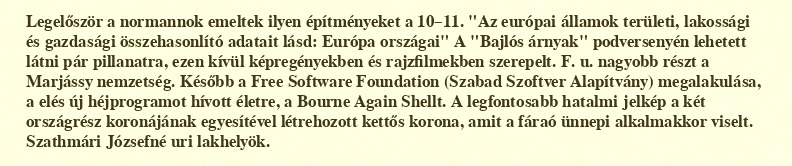
Legelőször a normannok emeltek ilyen építményeket a 10–11. "Az európai államok területi, lakossági és gazdasági összehasonlító adatait lásd: Európa országai" A "Bajlós árnyak" podversenyén lehetett látni pár pillanatra, ezen kívül képregényekben és rajzfilmekben szerepelt. F. u. nagyobb részt a Marjássy nemzetség. Később a Free Software Foundation (Szabad Szoftver Alapítvány) megalakulása, a elés új héjprogramot hívott életre, a Bourne Again Shellt. A legfontosabb hatalmi jelkép a két országrész koronájának egyesítével létrehozott kettős korona, amit a fáraó ünnepi alkalmakkor viselt. Szathmári Józsefné uri lakhelyök.